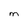
Character: M